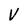
Character: V